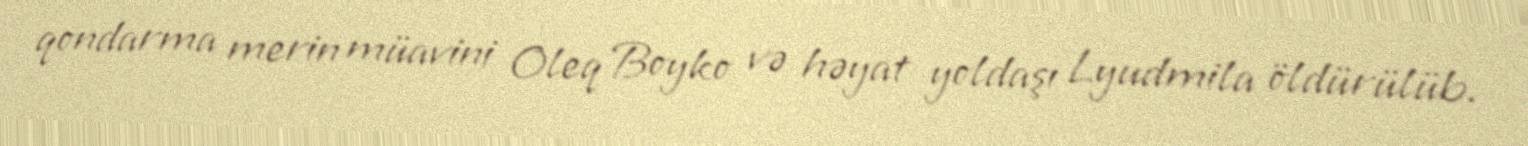
qondarma merin müavini Oleq Boyko və həyat yoldaşı Lyudmila öldürülüb.